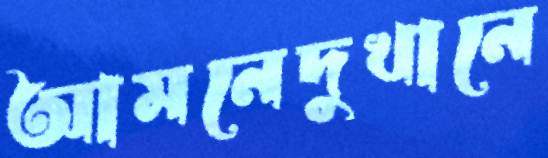
আমনেদুখানে